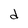
Character: d